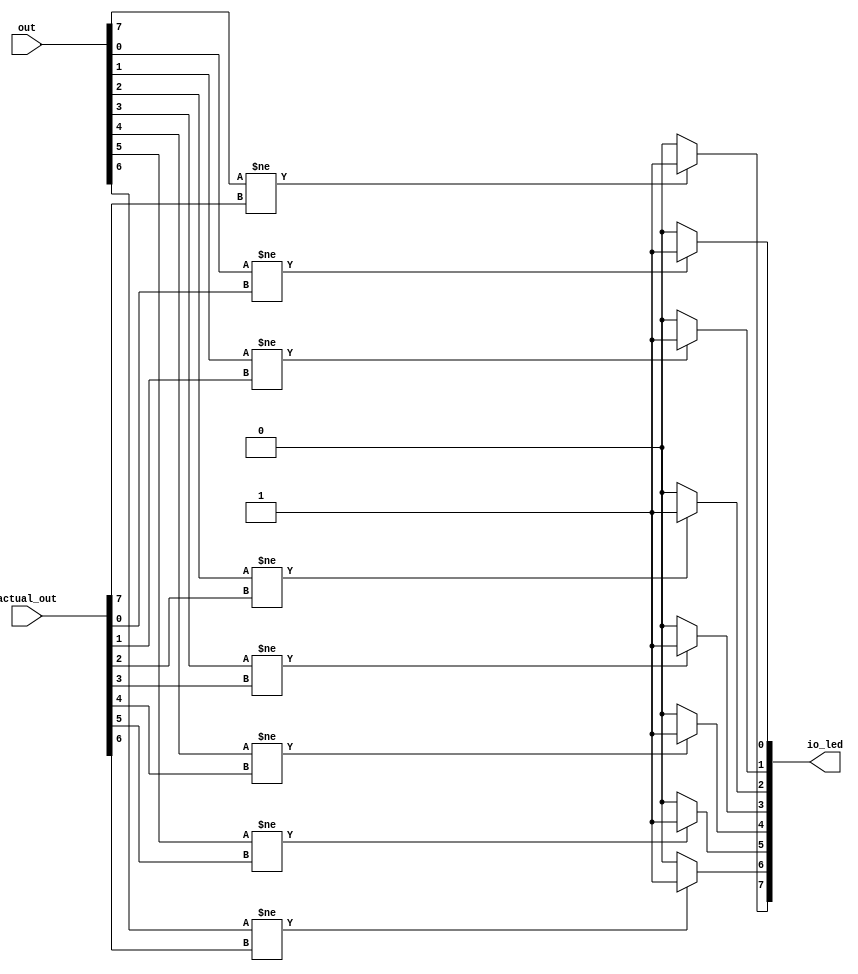
/*
   This file was generated automatically by the Mojo IDE version B1.3.4.
   Do not edit this file directly. Instead edit the original Lucid source.
   This is a temporary file and any changes made to it will be destroyed.
*/

module bit_checker_6 (
    input [7:0] out,
    input [7:0] actual_out,
    output reg [7:0] io_led
  );
  
  
  
  integer i;
  
  always @* begin
    io_led = 8'h00;
    for (i = 1'h0; i < 4'h8; i = i + 1) begin
      if (out[(i)*1+0-:1] != actual_out[(i)*1+0-:1]) begin
        io_led[(i)*1+0-:1] = 1'h1;
      end
    end
  end
endmodule